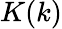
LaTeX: K(k)